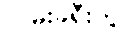
လမ်းခရီးတွင်